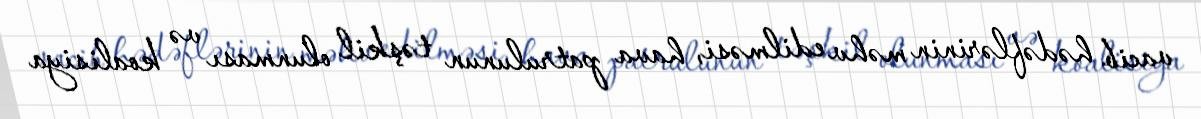
vacib hədəflərinin məhv edilməsi, hava patrulunun təşkil olunması və koalisiya